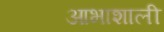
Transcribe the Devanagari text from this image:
आभाशाली